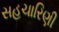
સહચારિણી